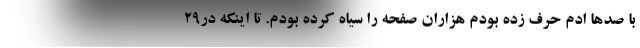
با صدها ادم حرف زده بودم هزاران صفحه را سیاه کرده بودم. تا اینکه در۲۹